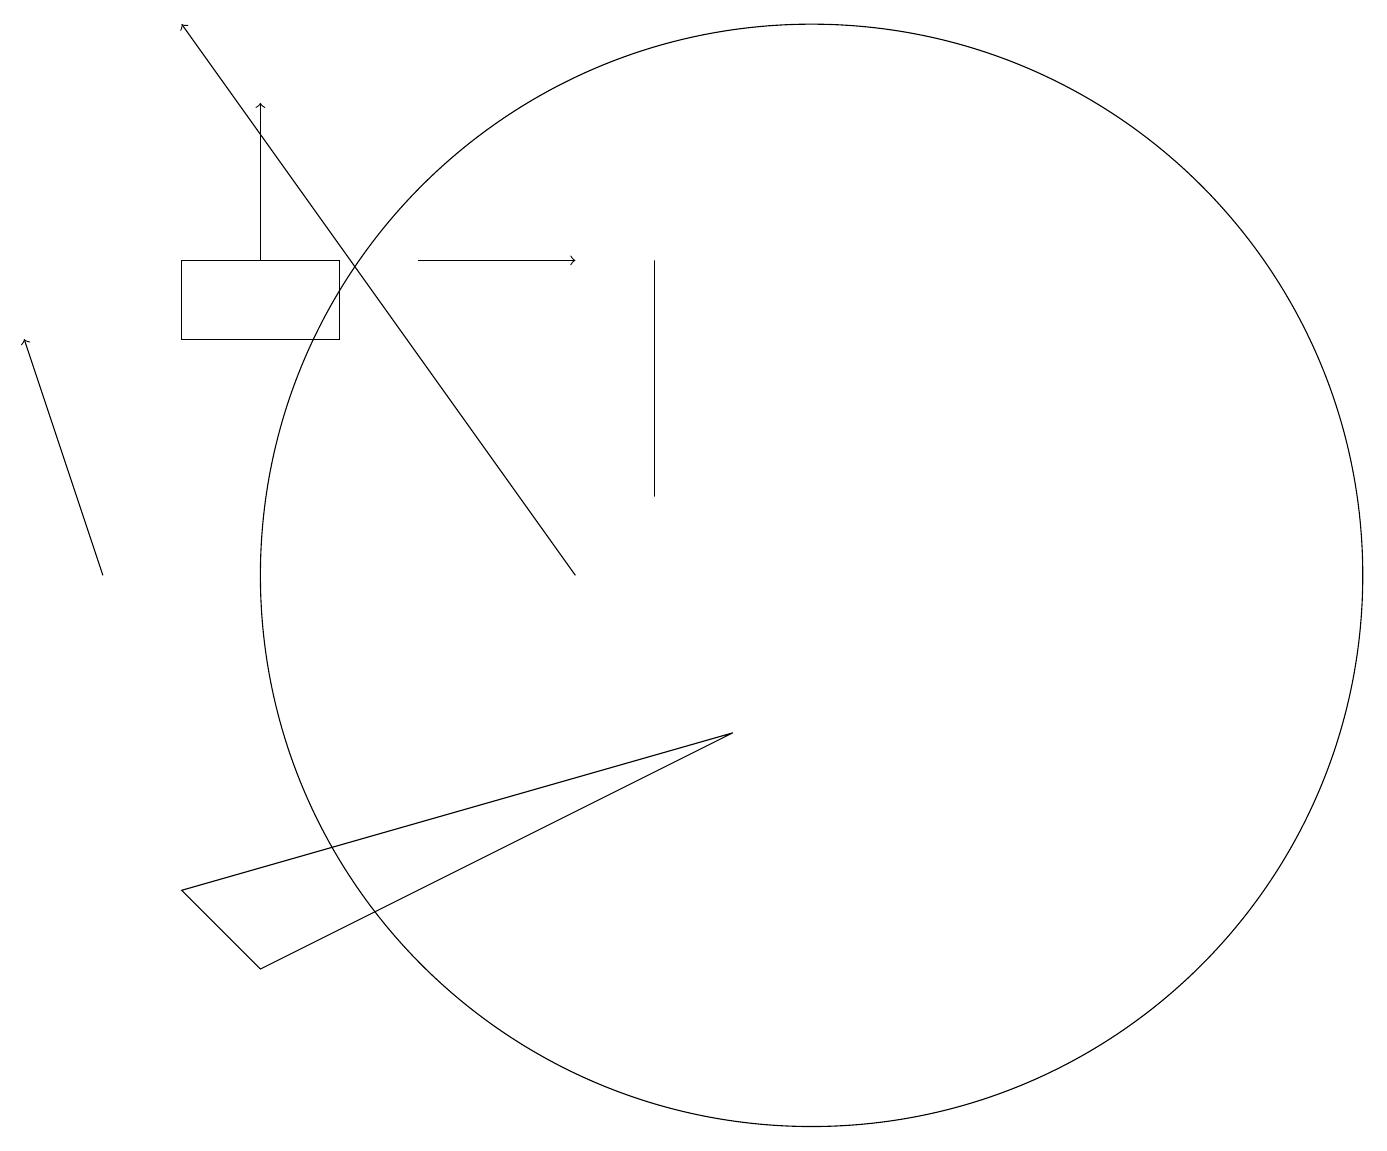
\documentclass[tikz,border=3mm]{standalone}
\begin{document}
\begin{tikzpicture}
\draw[->] (3,15) -- (3,17);
\draw[->] (1,11) -- (0,14);
\draw (10,11) circle (7);
\draw[->] (7,11) -- (2,18);
\draw (8,15) rectangle (8,12);
\draw (2,7) -- (9,9) -- (3,6) -- cycle;
\draw[->] (5,15) -- (7,15);
\draw (4,15) rectangle (2,14);
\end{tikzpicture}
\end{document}